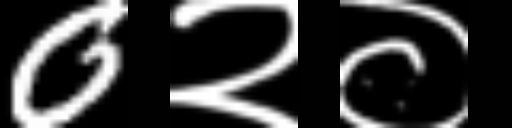
Text: 0२०